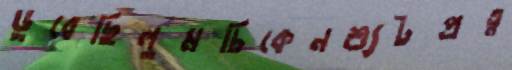
ডুবেছিলুমচিকেনশ্যুটপ্রত্ন